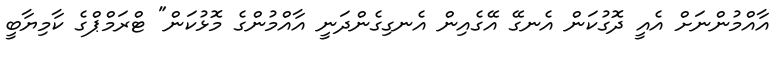
އާއްމުންނަށް އެއީ ދޮގުކަން އެނގޭ އޭގެއިން އެނގިގެންދަނީ އާއްމުންގެ މޮޅުކަން" ޓްރަމްޕްގެ ކާމިޔާބީ